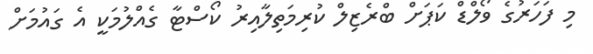
މި ފަހަރުގެ ވޯލްޑް ކަޕަށް ބްރެޒިލް ކުރިމަތިލާއިރު ކޯސްޓާ ގެއްލުމަކީ އެ ގައުމަށް